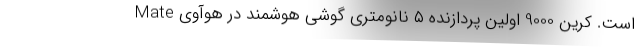
است. کرین 9000 اولین پردازنده ۵ نانومتری گوشی هوشمند در هوآوی Mate